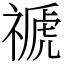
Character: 禠